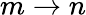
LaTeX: m\rightarrow n